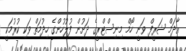
އާދަމް ޝަރީފް ވަނީ ހޯމް މިނިސްޓްރީގެ ދަށުން ފުލުހުންގެ ހިދުމަތް ވަކި ކުރުމަކީ